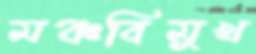
মঞ্চবিমুখ